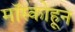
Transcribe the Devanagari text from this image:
मॉस्कोहून